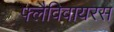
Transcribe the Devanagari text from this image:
फ्लैविवायरस